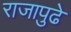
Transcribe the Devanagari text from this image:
राजापुढे